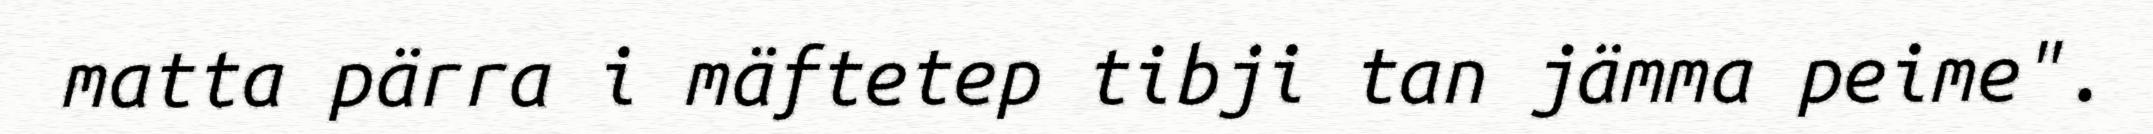
matta pärra i mäftetep tibji tan jämma peime".